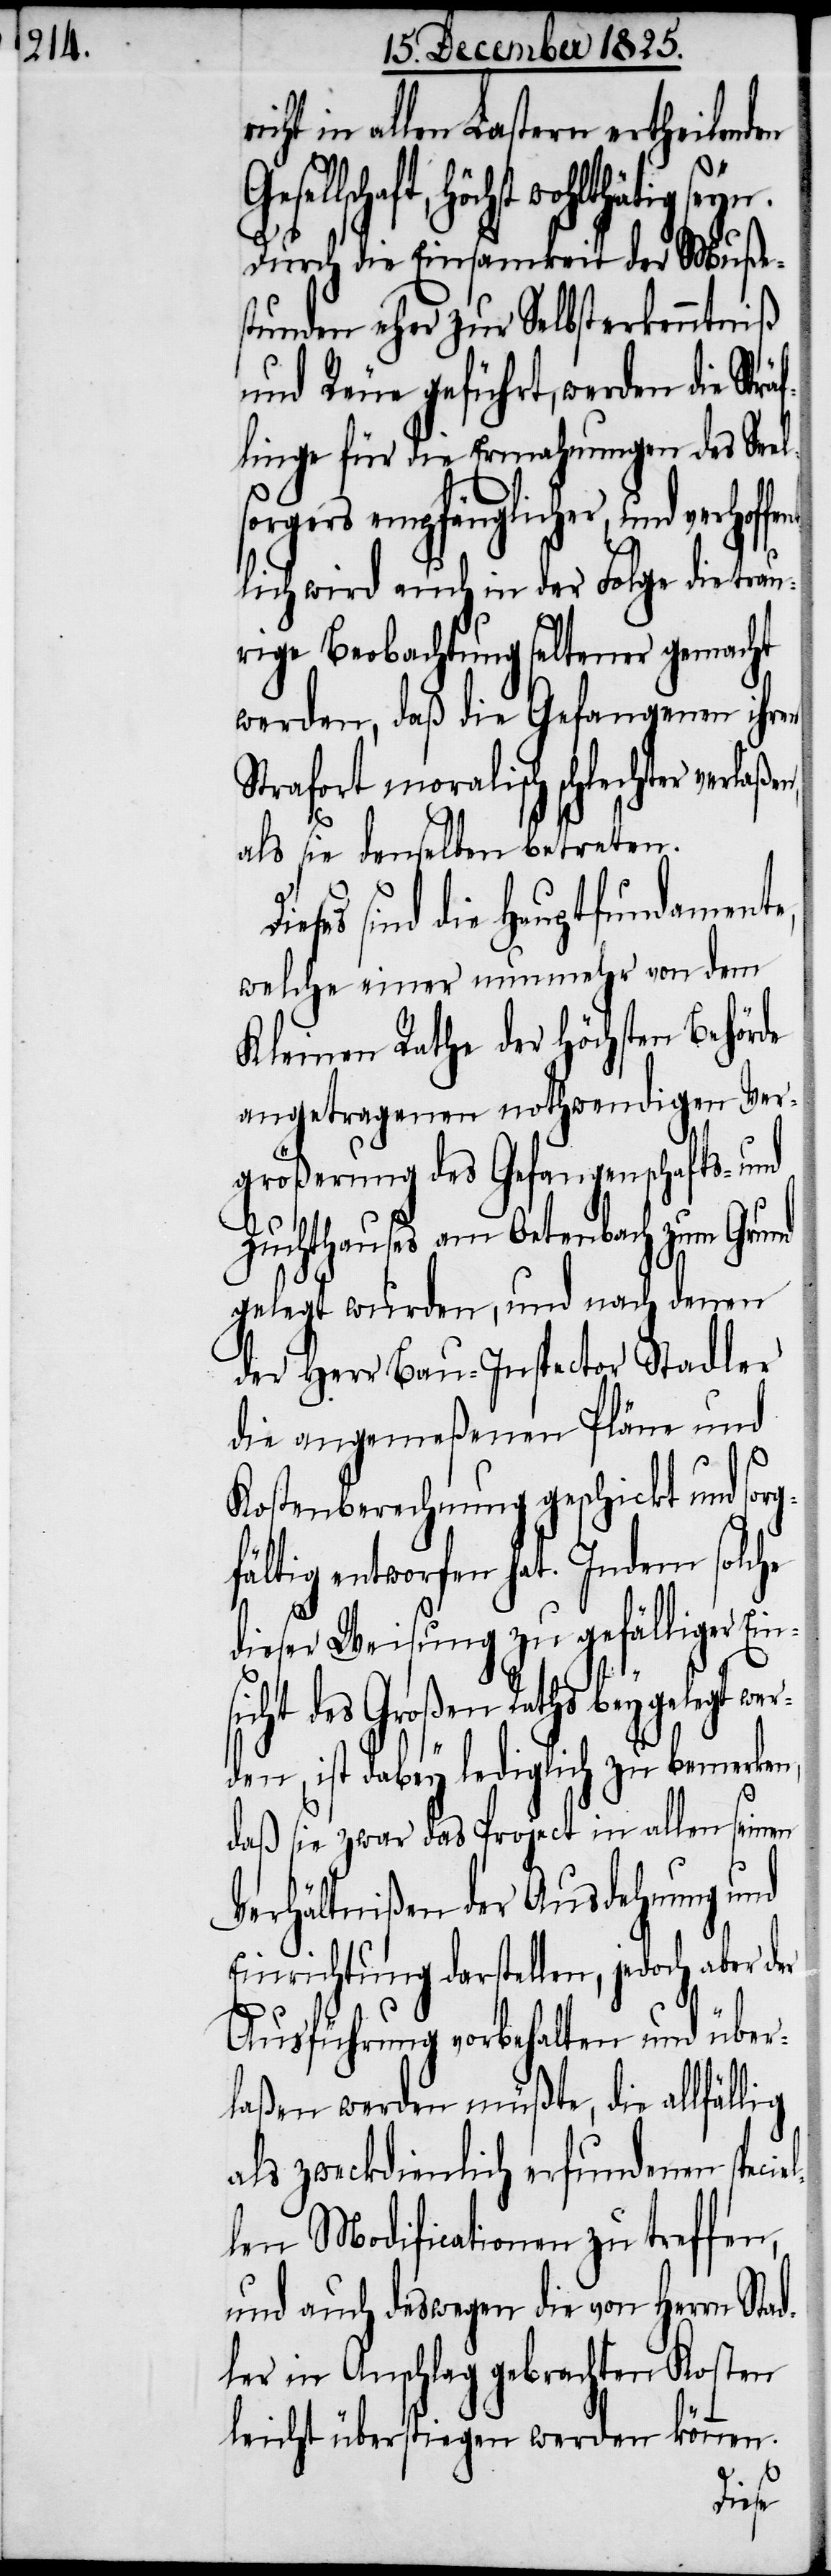
in allen Lastern ertheilenden
höchst wohlthätig seyn.
Durch die Einsamkeit der Muße¬
stunden eher zur Selbsterkenntniß
und Reue geführt, werden die Str¬
linge für die Ermahnungen des See¬
sorgers empfänglicher, und verhof¬
lich wird auch in der Folge die trau¬
rige Beobachtung seltener gemacht
werden, daß die Gefangenen ihren
Strafort moralisch schlechter verlaße¬
als sie denselben betreten.
es sind die Hauptfundamente,
welche einer nunmehr von dem
Kleinen Rathe der höchsten Behörde
angetragenen nothwendigen Ver¬
größerung des Gefangenschafts- und
Zuchthauses am Oetenbach zum Grund
gelegt wurden, und nach denen
der Herr Bau-Inspector Stadler
die angemeßenen Pläne und
Kostenberechnung geschickt und so¬
fältig entworfen hat. Indem solche
dieser Weisung zu gefälliger Ein¬
legt wer¬
icht des Großen Raths bey¬
den, ist dabey lediglich zu bemerken,
daß sie zwar das Project in allen seinen
Verhältnißen der Ausdehnung und
Einrichtung darstellen, jedoch aber der
s¬
Ausführung vorbehalten und über¬
laßen werden müßte, die allfäl¬
als zweckdienlich erfundenen spec¬
len Modifcationen zu treffen,
und auch deswegen die von Herrn Sta¬
dler in Anschlag gebrachten Kosten
leicht überstiegen werden können.
iel¬